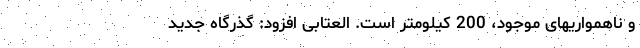
و ناهمواریهای موجود، 200 کیلومتر است. العتابی افزود: گذرگاه جدید